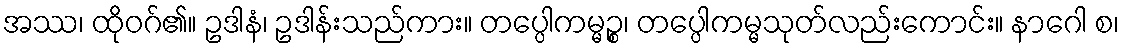
အဿ၊ ထိုဝဂ်၏။ ဥဒါနံ၊ ဥဒါန်းသည်ကား။ တပ္ပေါကမ္မဉ္စ၊ တပ္ပေါကမ္မသုတ်လည်းကောင်း။ နာဂေါ စ၊